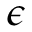
\epsilon